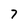
Character: 7